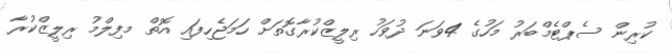
ކުރިން ސެޕްޓެމްބަރު މަހުގެ 4ވަނަ ދުވަހު ރިލީޒްކުރާގޮތަށް ހަމަޖެހިފައި އޮތް މފިލްމު ރިލީޒްކުރާ